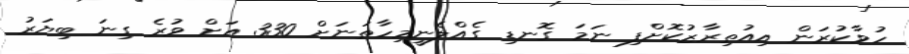
ހުވާކުރަން އިއުތިރާޒުކޮށްފި ނަމަ ގޮނޑި ގެއްލެނީމިހާތަނަށް 330 އަށް ވުރެ ގިނަ ބިޔަރު